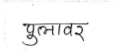
मजकूर: पुलावर